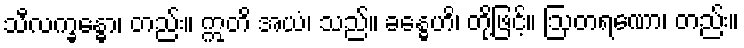
သီလက္ခန္ဓော၊ တည်း။ ဣတိ အယံ၊ သည်။ ခန္ဓေဟိ၊ တို့ဖြင့်။ ဩတရဏော၊ တည်း။